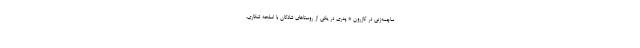
ساچمه‌زنی در کازرون * پدری در یکی از روستاهای شادگان با اسلحه شکاری،